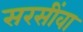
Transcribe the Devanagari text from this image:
सरसींवा